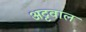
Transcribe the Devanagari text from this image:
अट्टवाल